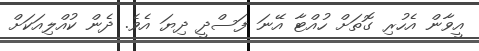
އީވާން އެހުރި ގޮތަށް ހުއްޓާ އޭނަ ފަސްދީ ދިޔަ އެވެ. ދެން ކުއްލިއަކަށް